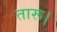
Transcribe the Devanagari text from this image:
तारू।